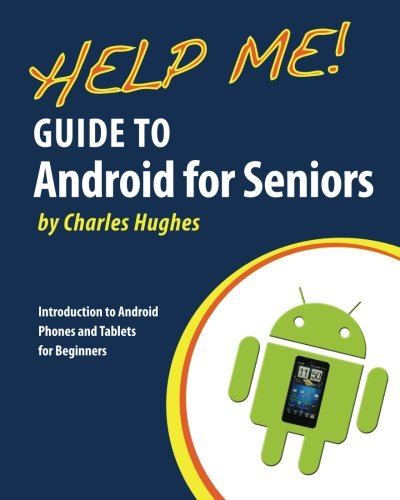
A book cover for Help Me! Guide to Android for Seniors: Introduction to Android Phones and Tablets for Beginners; Charles Hughes; Computers & Technology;